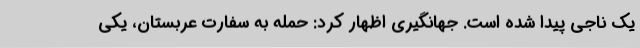
یک ناجی پیدا شده است. جهانگیری اظهار کرد: حمله به سفارت عربستان، یکی